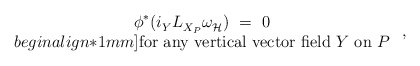
\begin{align*} \begin{array}{c} \phi^* (i_Y^{} L_{X_P}^{} \omega_{\mathcal{H}}^{\vphantom{j}})~=~0 \\begin{align*}1mm] \mbox{for any vertical vector field $Y$ on~$P$} \end{array}~,\end{align*}